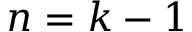
n = k - 1